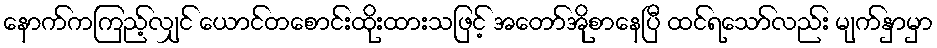
နောက်ကကြည့်လျှင် ယောင်တစောင်းထိုးထားသဖြင့် အတော်အိုစာနေပြီ ထင်ရသော်လည်း မျက်နှာမှာ